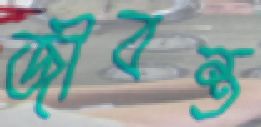
জীবন্ত